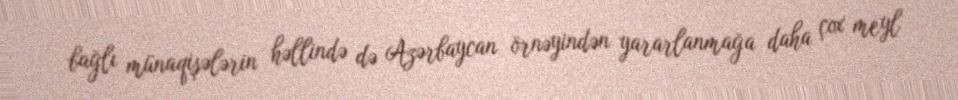
bağlı münaqişələrin həllində də Azərbaycan örnəyindən yararlanmağa daha çox meyl